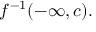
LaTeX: f ^ { - 1 } ( - \infty , c ) .